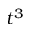
t ^ { 3 }